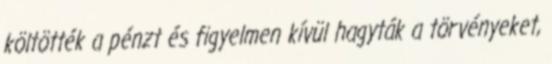
költötték a pénzt és figyelmen kívül hagyták a törvényeket,